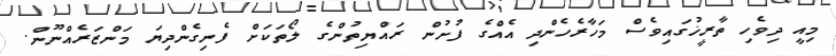
މިއީ ދިވެހި ތާރީޚުގައިވެސް މަހާރެހެންދި އެއްގެ ފުށުން ރައްޔިތުންގެ ލޯތަކަށް ފެނިގެންދިޔަ މަންޒަރެއްނޫން.